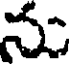
ను